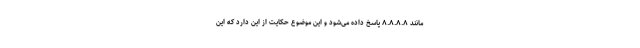
مانند ۸.۸.۸.۸ پاسخ داده می‌شود و این موضوع حکایت از این دارد که این